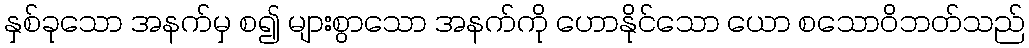
နှစ်ခုသော အနက်မှ စ၍ များစွာသော အနက်ကို ဟောနိုင်သော ယော စသောဝိဘတ်သည်